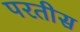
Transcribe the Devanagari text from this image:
परतीस